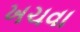
ખચવા